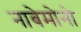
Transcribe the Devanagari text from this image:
नाबेमोनो